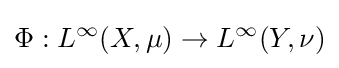
\Phi :L^{\infty }(X,\mu )\rightarrow L^{\infty }(Y,\nu )